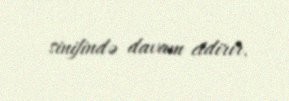
sinifində davam etdirir.